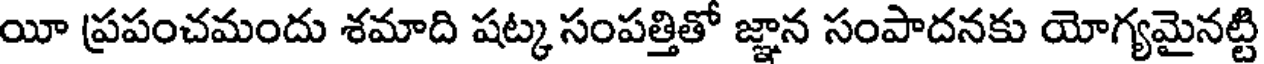
యీ ప్రపంచమందు శమాది షట్క సంపత్తితో జ్ఞాన సంపాదనకు యోగ్యమైనట్టి